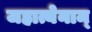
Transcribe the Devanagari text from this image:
जहात्येनाम्‌